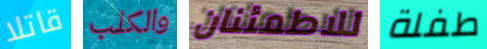
قاتلا والكلب للاطمئنان طفلة